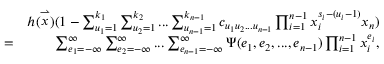
\begin{array} { r l r } & { } & { h ( \stackrel { \rightharpoonup } { x } ) ( 1 - \sum _ { u _ { 1 } = 1 } ^ { k _ { 1 } } \sum _ { u _ { 2 } = 1 } ^ { k _ { 2 } } . . . \sum _ { u _ { n - 1 } = 1 } ^ { k _ { n - 1 } } c _ { u _ { 1 } u _ { 2 } . . . u _ { n - 1 } } \prod _ { i = 1 } ^ { n - 1 } x _ { i } ^ { s _ { i } - ( u _ { i } - 1 ) } x _ { n } ) } \\ & { = } & { \sum _ { e _ { 1 } = - \infty } ^ { \infty } \sum _ { e _ { 2 } = - \infty } ^ { \infty } . . . \sum _ { e _ { n - 1 } = - \infty } ^ { \infty } \Psi ( e _ { 1 } , e _ { 2 } , . . . , e _ { n - 1 } ) \prod _ { i = 1 } ^ { n - 1 } x _ { i } ^ { e _ { i } } , } \end{array}